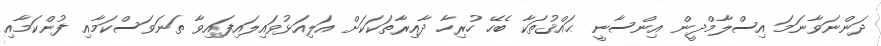
ދަންނަވާނަމަ އިސްލާމްދީން އިންސާނީ ޙައްޤުތަކާ ބެހޭ ހުރިހާ ދާއިރާތަކަކަށް އަލިއަޅުވައިލައިފައިވާ ތަނަވަސްކަމާއި ފުންކަމާއި